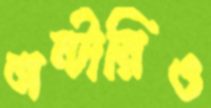
অন্টারিও